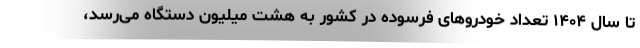
تا سال ۱۴۰۴ تعداد خودروهای فرسوده در کشور به هشت میلیون دستگاه می‌رسد،